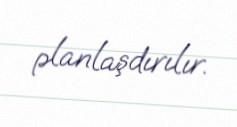
planlaşdırılır.